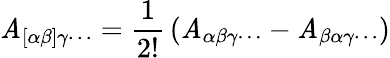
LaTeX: \mathit{A}_{[\alpha\beta]\gamma\cdots}={\frac{{1}}{{2!}}}\left(\mathit{A}_{\alpha\beta\gamma\cdots}-\mathit{A}_{\beta\alpha\gamma\cdots}\right)